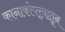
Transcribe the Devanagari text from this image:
कानाकोपर्‍यांतून